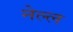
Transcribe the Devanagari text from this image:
नेल्ल